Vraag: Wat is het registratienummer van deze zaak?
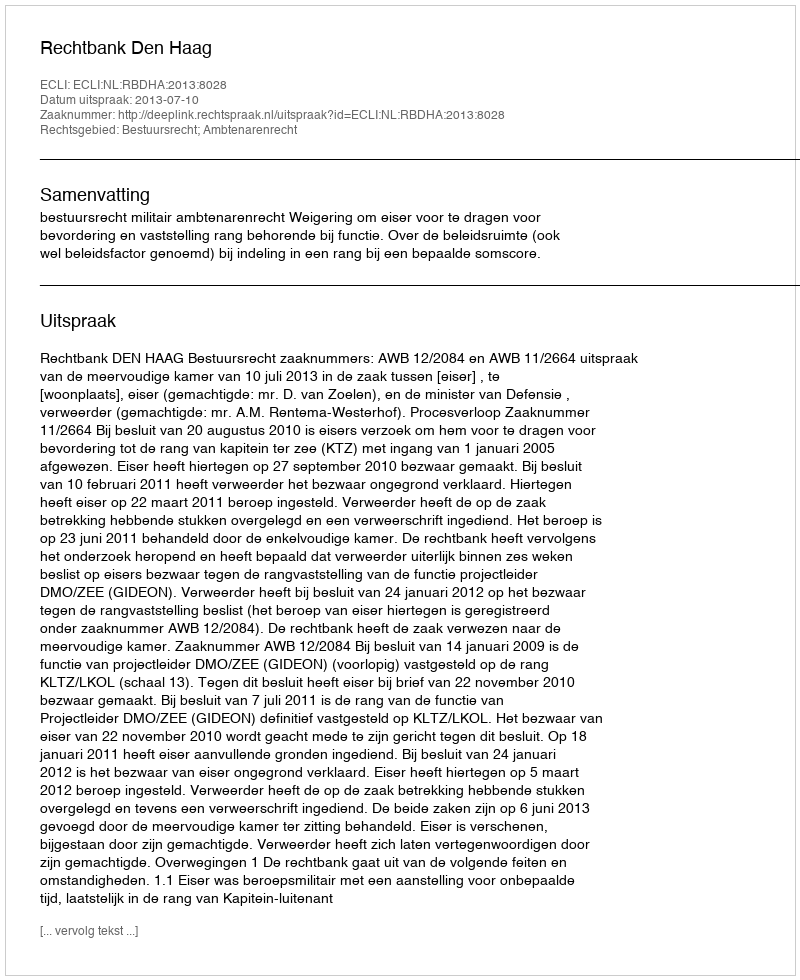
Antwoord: http://deeplink.rechtspraak.nl/uitspraak?id=ECLI:NL:RBDHA:2013:8028